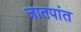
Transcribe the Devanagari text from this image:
जातपांत